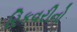
રિકવરીનો